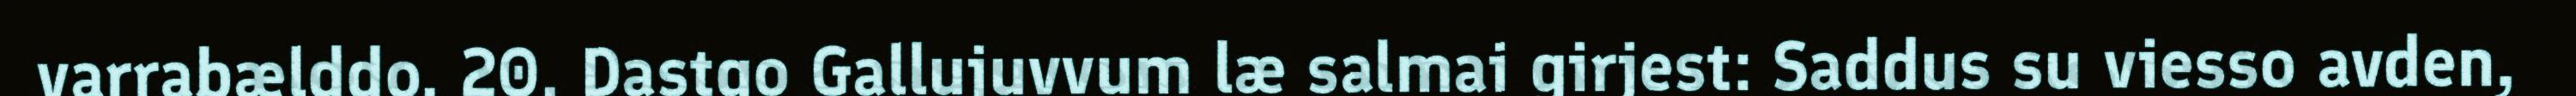
varrabælddo. 20. Dastgo Gallujuvvum læ salmai girjest: Saddus su viesso avden,